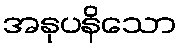
အနုပနိသော